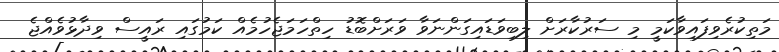
މަތިކުރެވިފައިވާކަމީ މި ސަރުކާރަށް ލިބިވަޑައިގަންނަވާ ވަރަށްބޮޑު ހިތްހަމަޖެހުމެއް ކަމުގައި ރައީސް ވިދާޅުވެއްޖެ